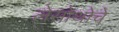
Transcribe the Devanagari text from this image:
लेसोथोचे